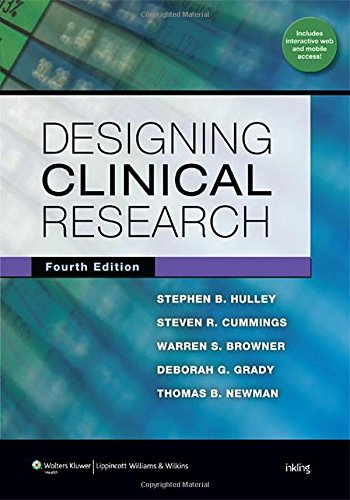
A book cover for Designing Clinical Research; Dr. Stephen B Hulley MD  MPH; Medical Books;